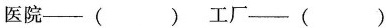
医院—( ) 工厂—( )